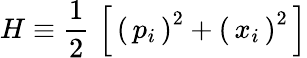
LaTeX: H\equiv{\frac{1}{2}}\, \left[\, \left(\, p_{i}\, \right)^{2}+\left(\, x_{i}\, \right)^{2}\, \right]